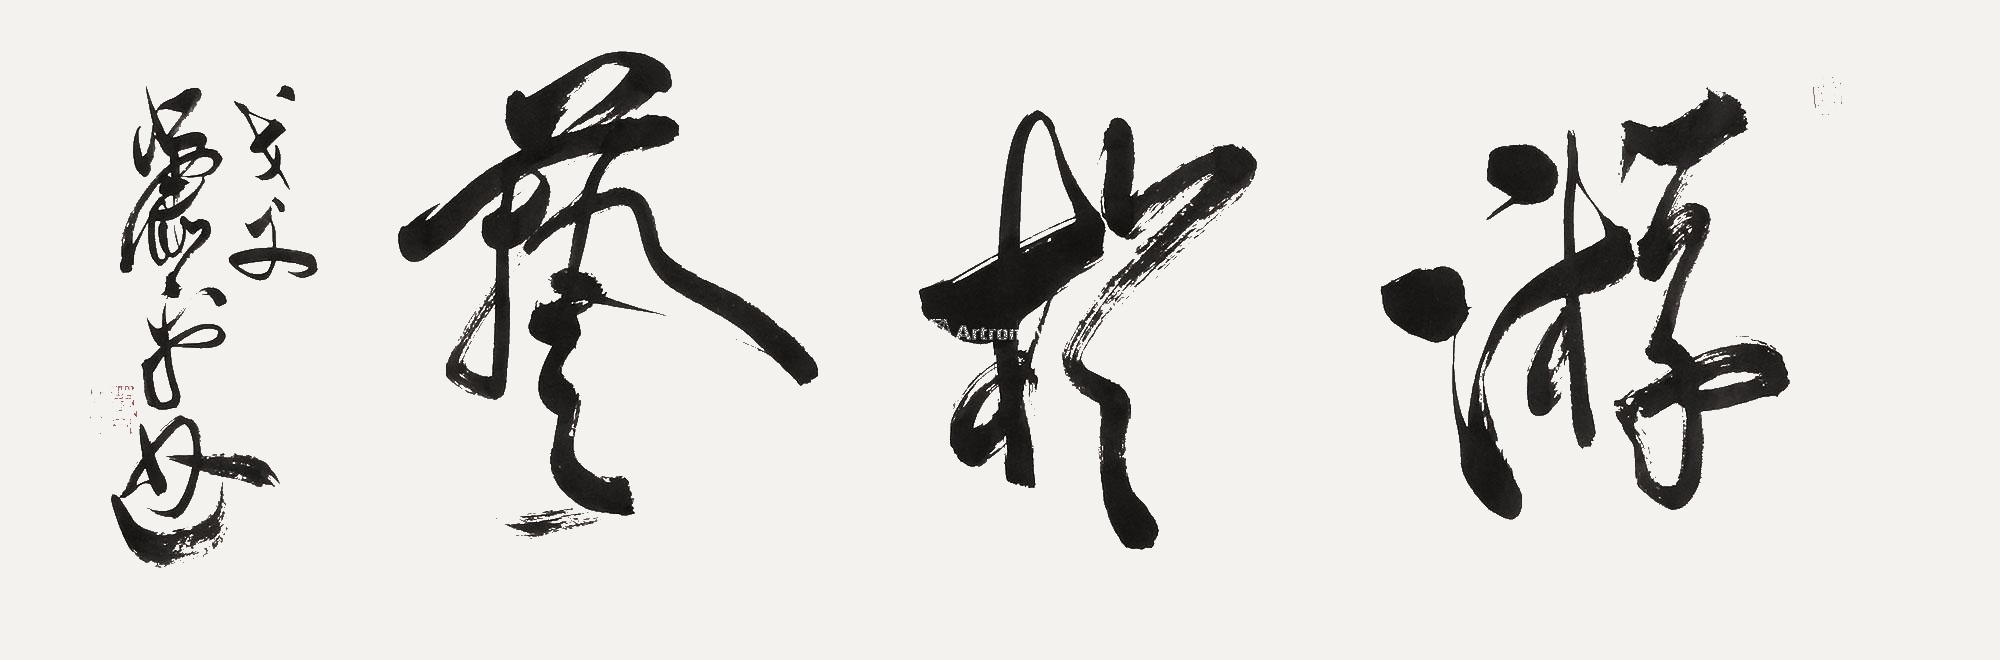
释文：游于艺戈父萧平书。